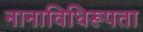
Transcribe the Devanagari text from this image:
नानाविधिरूपता